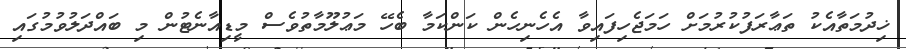
ޚިދުމަތާއެކު ތަޢާރަފުކުރުމަށް ހަމަޖެހިފައިވާ އެހެނިހެން ކަންކަމާ ބެހޭ މަޢުލޫމާތުވެސް މީޑިއާނެޓުން މި ބައްދަލުވުމުގައި